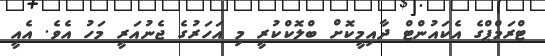
ޓްރަމްޕްގެ އެކައުންޓް ދާއިމީކޮށް ބްލޮކްކުރީ މި އަހަރުގެ ޖެނުއަރީ މަހު އެވެ. އެއީ